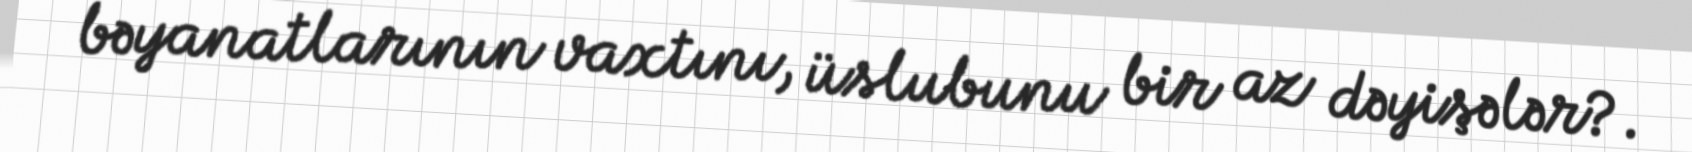
bəyanatlarının vaxtını, üslubunu bir az dəyişələr?.